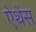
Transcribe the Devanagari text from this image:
ऐथेंस